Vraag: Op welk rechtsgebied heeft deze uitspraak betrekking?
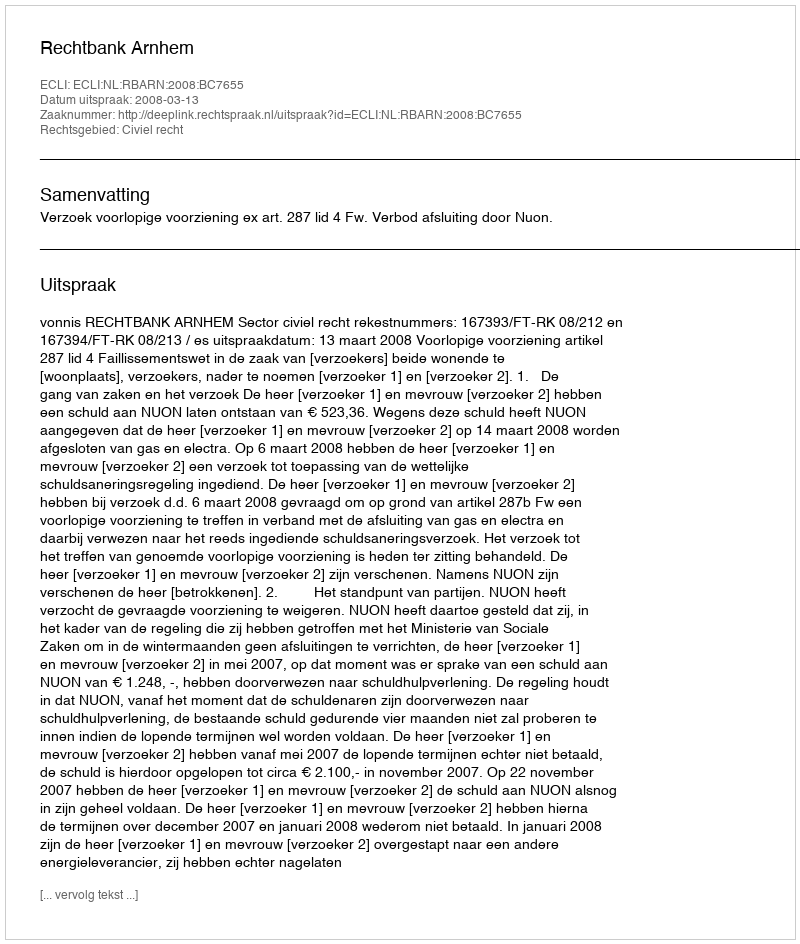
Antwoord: Civiel recht